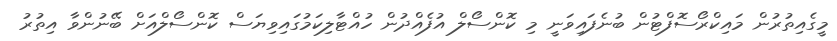
މީގެއިތުރުން މައިކްރޯސޮފްޓުން ބުނެފައިވަނީ މި ކޮންސޯލް އުފެއްދުން ހުއްޓާލިކަމުގައިވިޔަސް ކޮންސޯލްއަށް ބޭނުންވާ އިތުރު